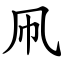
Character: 凧